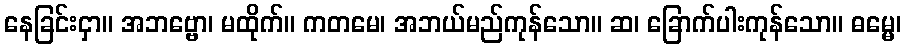
နေခြင်းငှာ။ အဘဗ္ဗော၊ မထိုက်။ ကတမေ၊ အဘယ်မည်ကုန်သော။ ဆ၊ ခြောက်ပါးကုန်သော။ ဓမ္မေ၊